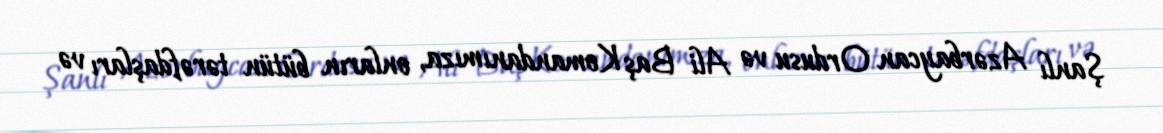
Şanlı Azərbaycan Ordusu və Ali Baş Komandanımıza, onların bütün tərəfdaşları və